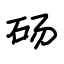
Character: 砀